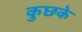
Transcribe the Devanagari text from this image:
कुछके